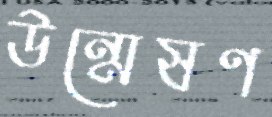
উন্মেষণ